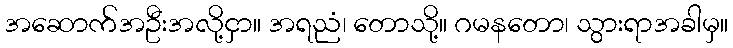
အဆောက်အဦးအလို့ငှာ။ အရညံ၊ တောသို့။ ဂမနတော၊ သွားရာအခါမှ။